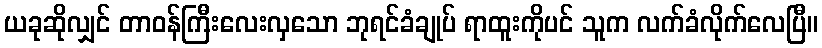
ယခုဆိုလျှင် တာဝန်ကြီးလေးလှသော ဘုရင်ခံချုပ် ရာထူးကိုပင် သူက လက်ခံလိုက်လေပြီ။